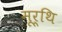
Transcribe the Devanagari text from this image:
मूर्थि